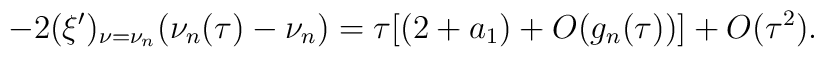
-2(\xi')_{\nu=\nu_n}(\nu_n(\tau)-\nu_n)=\tau[(2+a_1)+O(g_n(\tau))]+O(\tau^2).